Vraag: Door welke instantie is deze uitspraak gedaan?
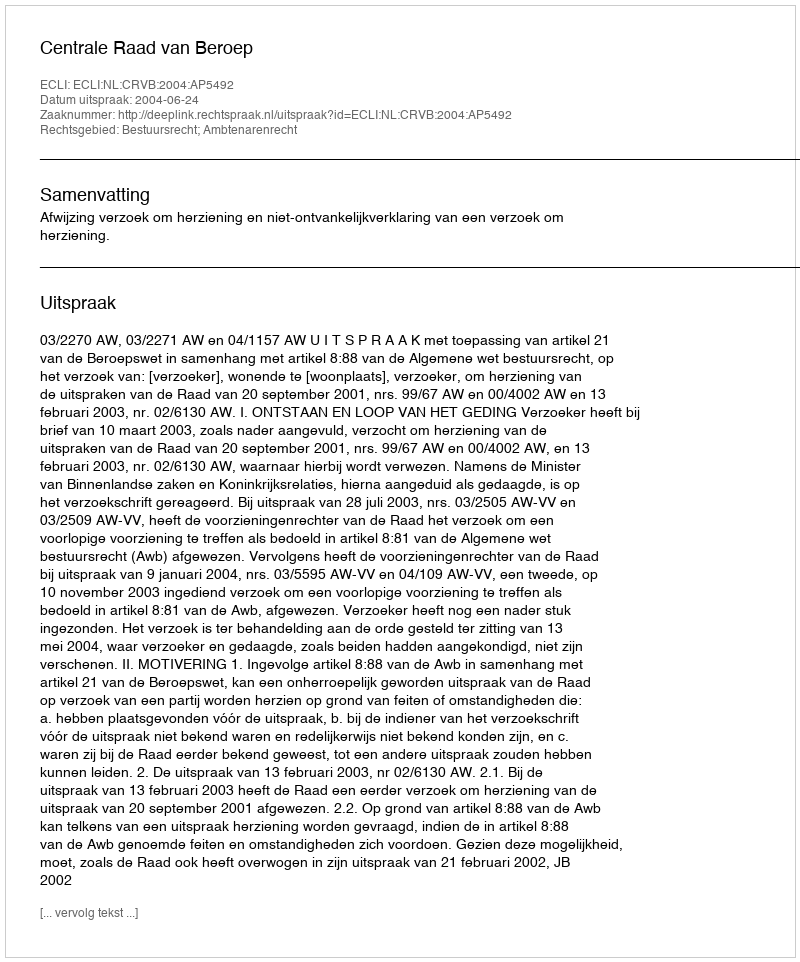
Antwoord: Centrale Raad van Beroep